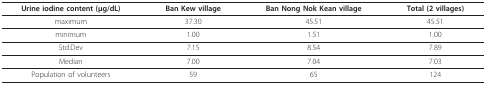
<table><thead><tr><td><b>Urine iodine content (μg/dL)</b></td><td><b>Ban Kew village</b></td><td><b>Ban Nong Nok Kean village</b></td><td><b>Total (2 villages)</b></td></tr></thead><tbody><tr><td>maximum</td><td>37.30</td><td>45.51</td><td>45.51</td></tr><tr><td>minimum</td><td>1.00</td><td>1.51</td><td>1.00</td></tr><tr><td>Std.Dev</td><td>7.15</td><td>8.54</td><td>7.89</td></tr><tr><td>Median</td><td>7.00</td><td>7.04</td><td>7.03</td></tr><tr><td>Population of volunteers</td><td>59</td><td>65</td><td>124</td></tr></tbody></table>